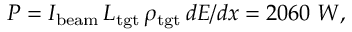
P = I _ { \mathrm { { b e a m } } } \, L _ { \mathrm { { t g t } } } \, \rho _ { \mathrm { { t g t } } } \, d E / d x = 2 0 6 0 \; W ,